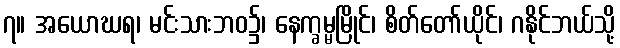
၇။ အယောဃရ၊ မင်းသားဘဝ၌၊ နေက္ခမ္မမြိုင်၊ စိတ်တော်ယိုင်၊ ဂနိုင်ဘယ်သို့